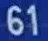
61